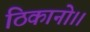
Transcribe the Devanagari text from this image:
ठिकानो।।